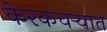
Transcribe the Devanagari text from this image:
केरकचर्‍यात